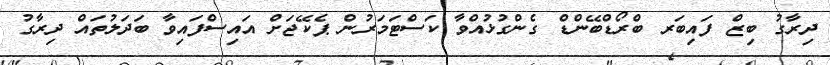
ދިރާގު ބިޒް ފައިބަރ ބްރޯޑްބޭންޑް ގެންގުޅުއްވާ ކަސްޓަމަރުން ޕެކޭޖަށް އައިސްފައިވާ ބަދަލުތައް ދިރާގު